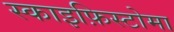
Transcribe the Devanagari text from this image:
स्काइफ़िस्टोमा